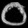
Digit: ၀